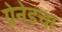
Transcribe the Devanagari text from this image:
ग्रेनेडचा